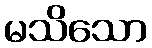
မသိသော